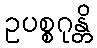
ဥပစ္စဂုန္တိ